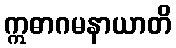
ဣဓာဂမနာယာတိ